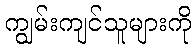
ကျွမ်းကျင်သူများကို